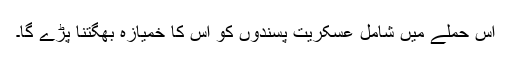
اس حملے میں شامل عسکریت پسندوں کو اس کا خمیازہ بھگتنا پڑے گا۔